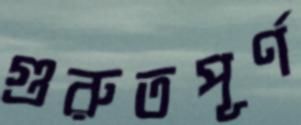
গুরুতপূর্ণ